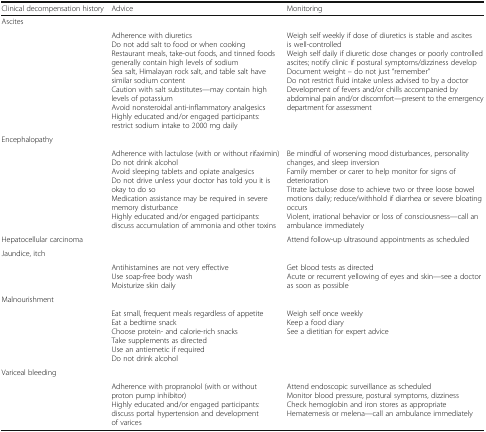
<table><thead><tr><td><b>Clinical decompensation history</b></td><td><b>Advice</b></td><td><b>Monitoring</b></td></tr></thead><tbody><tr><td colspan="3">Ascites</td></tr><tr><td></td><td>Adherence with diureticsDo not add salt to food or when cookingRestaurant meals, take-out foods, and tinned foods generally contain high levels of sodiumSea salt, Himalayan rock salt, and table salt have similar sodium contentCaution with salt substitutes—may contain high levels of potassiumAvoid nonsteroidal anti-inflammatory analgesicsHighly educated and/or engaged participants: restrict sodium intake to 2000 mg daily</td><td>Weigh self weekly if dose of diuretics is stable and ascites is well-controlledWeigh self daily if diuretic dose changes or poorly controlled ascites; notify clinic if postural symptoms/dizziness developDocument weight – do not just “remember”Do not restrict fluid intake unless advised to by a doctorDevelopment of fevers and/or chills accompanied by abdominal pain and/or discomfort—present to the emergency department for assessment</td></tr><tr><td colspan="3">Encephalopathy</td></tr><tr><td></td><td>Adherence with lactulose (with or without rifaximin)Do not drink alcoholAvoid sleeping tablets and opiate analgesicsDo not drive unless your doctor has told you it is okay to do soMedication assistance may be required in severe memory disturbanceHighly educated and/or engaged participants: discuss accumulation of ammonia and other toxins</td><td>Be mindful of worsening mood disturbances, personality changes, and sleep inversionFamily member or carer to help monitor for signs of deteriorationTitrate lactulose dose to achieve two or three loose bowel motions daily; reduce/withhold if diarrhea or severe bloating occursViolent, irrational behavior or loss of consciousness—call an ambulance immediately</td></tr><tr><td colspan="2">Hepatocellular carcinoma</td><td>Attend follow-up ultrasound appointments as scheduled</td></tr><tr><td colspan="3">Jaundice, itch</td></tr><tr><td></td><td>Antihistamines are not very effectiveUse soap-free body washMoisturize skin daily</td><td>Get blood tests as directedAcute or recurrent yellowing of eyes and skin—see a doctor as soon as possible</td></tr><tr><td colspan="3">Malnourishment</td></tr><tr><td></td><td>Eat small, frequent meals regardless of appetiteEat a bedtime snackChoose protein- and calorie-rich snacksTake supplements as directedUse an antiemetic if requiredDo not drink alcohol</td><td>Weigh self once weeklyKeep a food diarySee a dietitian for expert advice</td></tr><tr><td colspan="3">Variceal bleeding</td></tr><tr><td></td><td>Adherence with propranolol (with or without proton pump inhibitor)Highly educated and/or engaged participants: discuss portal hypertension and development of varices</td><td>Attend endoscopic surveillance as scheduledMonitor blood pressure, postural symptoms, dizzinessCheck hemoglobin and iron stores as appropriateHematemesis or melena—call an ambulance immediately</td></tr></tbody></table>